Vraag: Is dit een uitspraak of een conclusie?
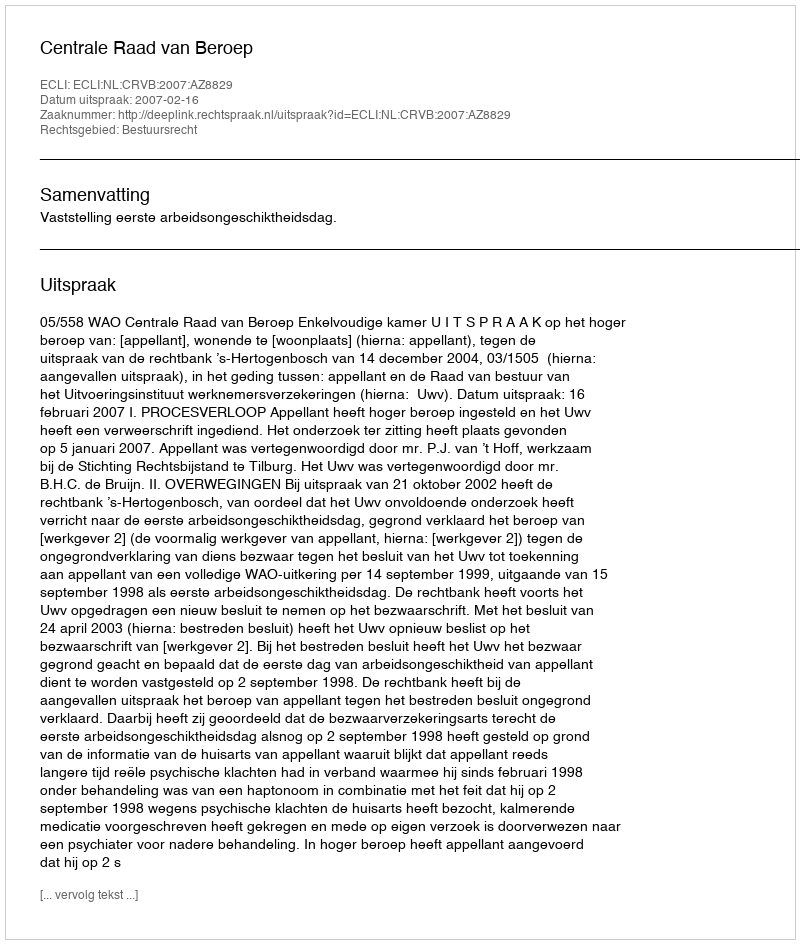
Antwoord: Uitspraak